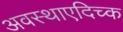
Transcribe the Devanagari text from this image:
अवस्थाएदिच्क